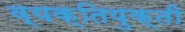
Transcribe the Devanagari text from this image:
व्यक्तियुक्ती